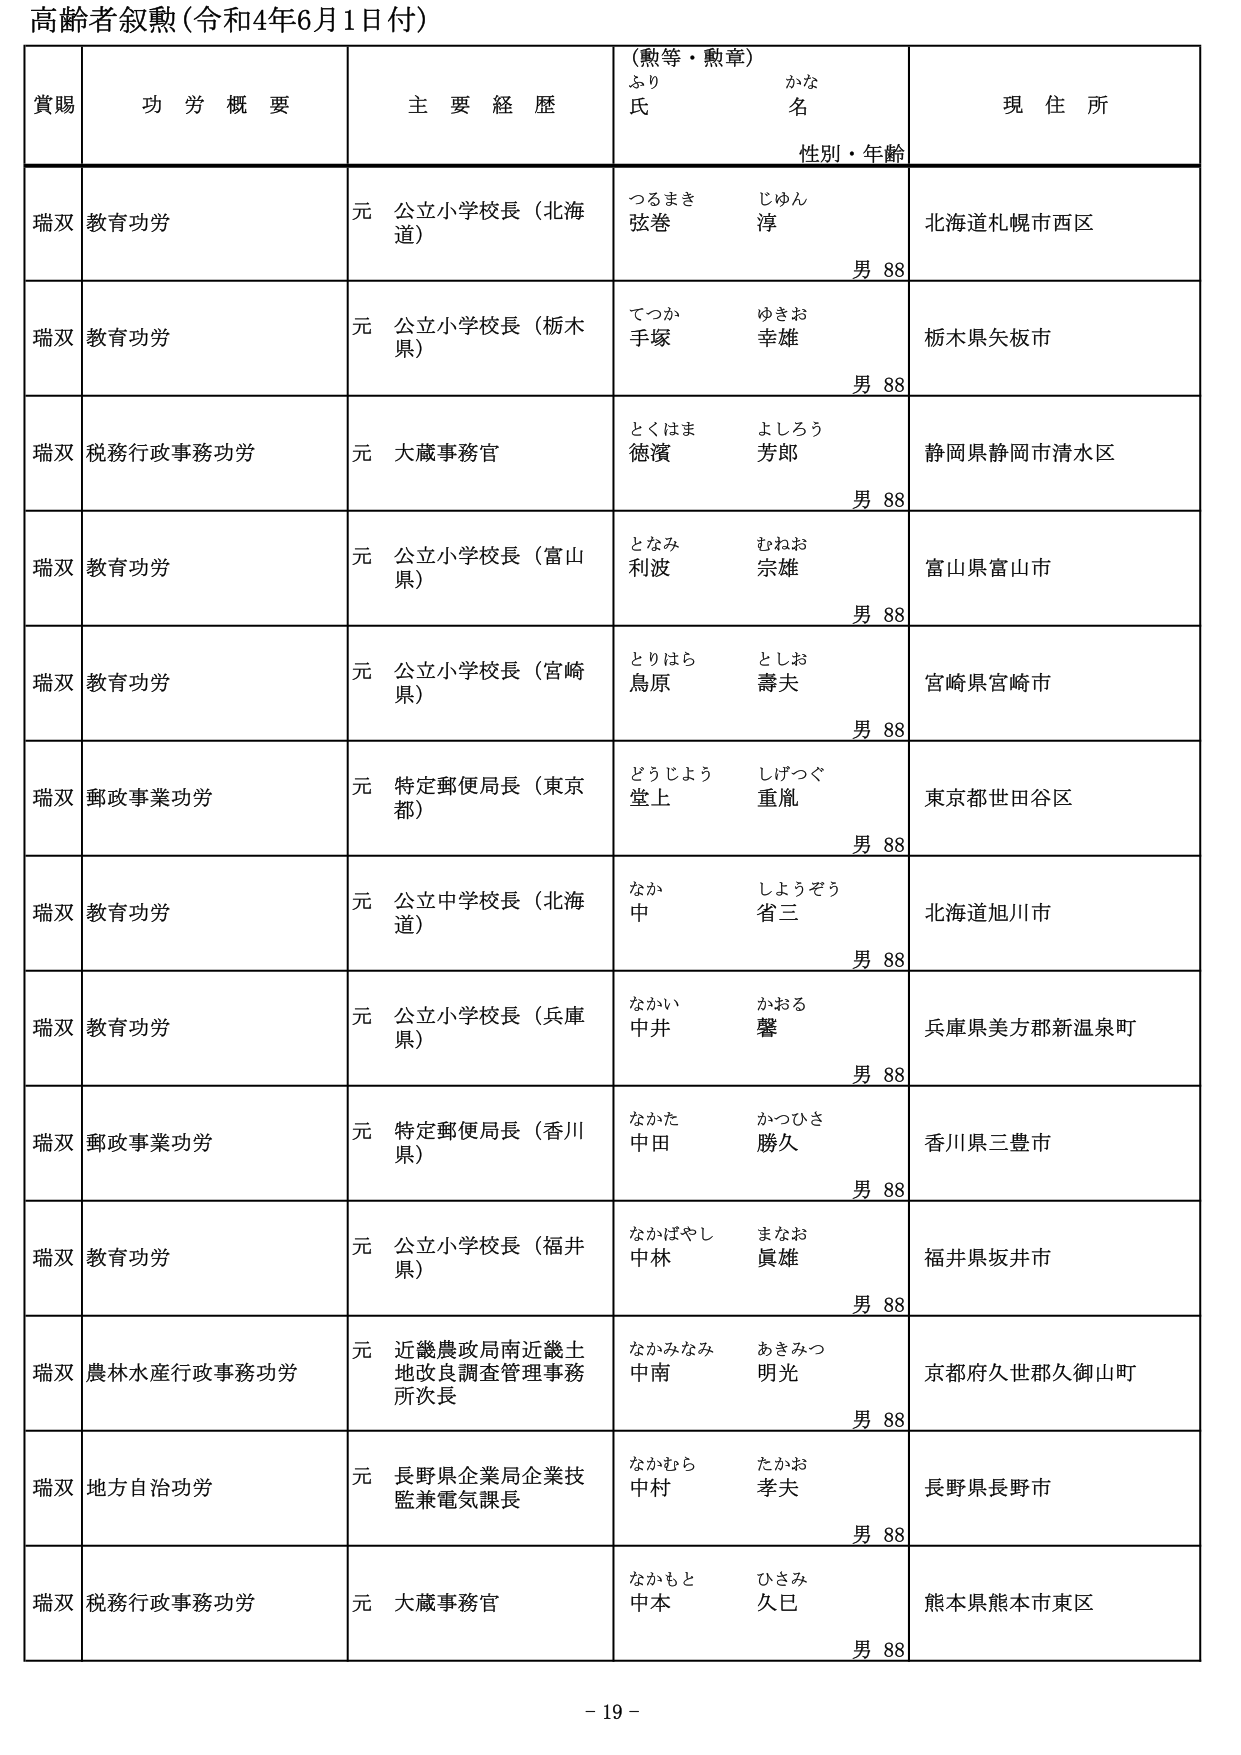
高齢者叙勲（令和4年6月1日付）

賞賜　　功労概要　　主要経歴　　（勲等・勲章）　　現住所
　　　　　　　　　　　　　　ふりがな　　氏名　　性別・年齢

瑞双　教育功労　　元 公立小学校長（北海道）　　つるまき　じゅん　　北海道札幌市西区
　　　　　　　　　　　　　　　　　　　　　　弦巻　　淳　　　　　　男 88

瑞双　教育功労　　元 公立小学校長（栃木県）　　てつか　ゆきお　　栃木県矢板市
　　　　　　　　　　　　　　　　　　　　　　手塚　　幸雄　　　　男 88

瑞双　税務行政事務功労　　元 大蔵事務官　　とくはま　よしろう　　静岡県静岡市清水区
　　　　　　　　　　　　　　　　　　　　　　徳濱　　芳郎　　　　男 88

瑞双　教育功労　　元 公立小学校長（富山県）　　となみ　むねお　　富山県富山市
　　　　　　　　　　　　　　　　　　　　　　利波　　宗雄　　　　男 88

瑞双　教育功労　　元 公立小学校長（宮崎県）　　とりはら　としお　　宮崎県宮崎市
　　　　　　　　　　　　　　　　　　　　　　鳥原　　壽夫　　　　男 88

瑞双　郵政事業功労　　元 特定郵便局長（東京都）　　どうじょう　しげつぐ　　東京都世田谷区
　　　　　　　　　　　　　　　　　　　　　　堂上　　重胤　　　　男 88

瑞双　教育功労　　元 公立中学校長（北海道）　　なか　しょうぞう　　北海道旭川市
　　　　　　　　　　　　　　　　　　　　　　中　　省三　　　　　男 88

瑞双　教育功労　　元 公立小学校長（兵庫県）　　なかい　かおる　　兵庫県美方郡新温泉町
　　　　　　　　　　　　　　　　　　　　　　中井　　馨　　　　　男 88

瑞双　郵政事業功労　　元 特定郵便局長（香川県）　　なかた　かつひさ　　香川県三豊市
　　　　　　　　　　　　　　　　　　　　　　中田　　勝久　　　　男 88

瑞双　教育功労　　元 公立小学校長（福井県）　　なかばやし　まなお　　福井県坂井市
　　　　　　　　　　　　　　　　　　　　　　中林　　眞雄　　　　男 88

瑞双　農林水産行政事務功労　　元 近畿農政局南近畿土地改良調査管理事務所次長　　なかみなみ　あきみつ　　京都府久世郡久御山町
　　　　　　　　　　　　　　　　　　　　　　　　　　　　　　　　　　中南　　明光　　　　男 88

瑞双　地方自治功労　　元 長野県企業局企業技監兼電気課長　　なかむら　たかお　　長野県長野市
　　　　　　　　　　　　　　　　　　　　　　　　　　　　　　中村　　孝夫　　　　男 88

瑞双　税務行政事務功労　　元 大蔵事務官　　なかもと　ひさみ　　熊本県熊本市東区
　　　　　　　　　　　　　　　　　　　　　　中本　　久巳　　　　男 88

- 19 -